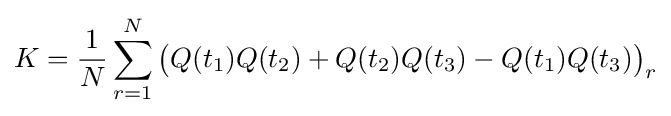
K={\frac {1}{N}}\sum _{r=1}^{N}{\big (}Q(t_{1})Q(t_{2})+Q(t_{2})Q(t_{3})-Q(t_{1})Q(t_{3}){\big )}_{r}